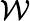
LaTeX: {\cal W}